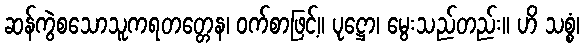
ဆန်ကွဲစသောသူကရတတ္တေန၊ ဝက်စာဖြင့်။ ပုဋ္ဌော၊ မွေးသည်တည်း။ ဟိ သစ္စံ၊